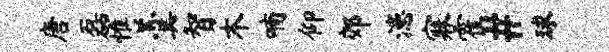
唐磊惟羹智木喃仰郊漶寐霍#球